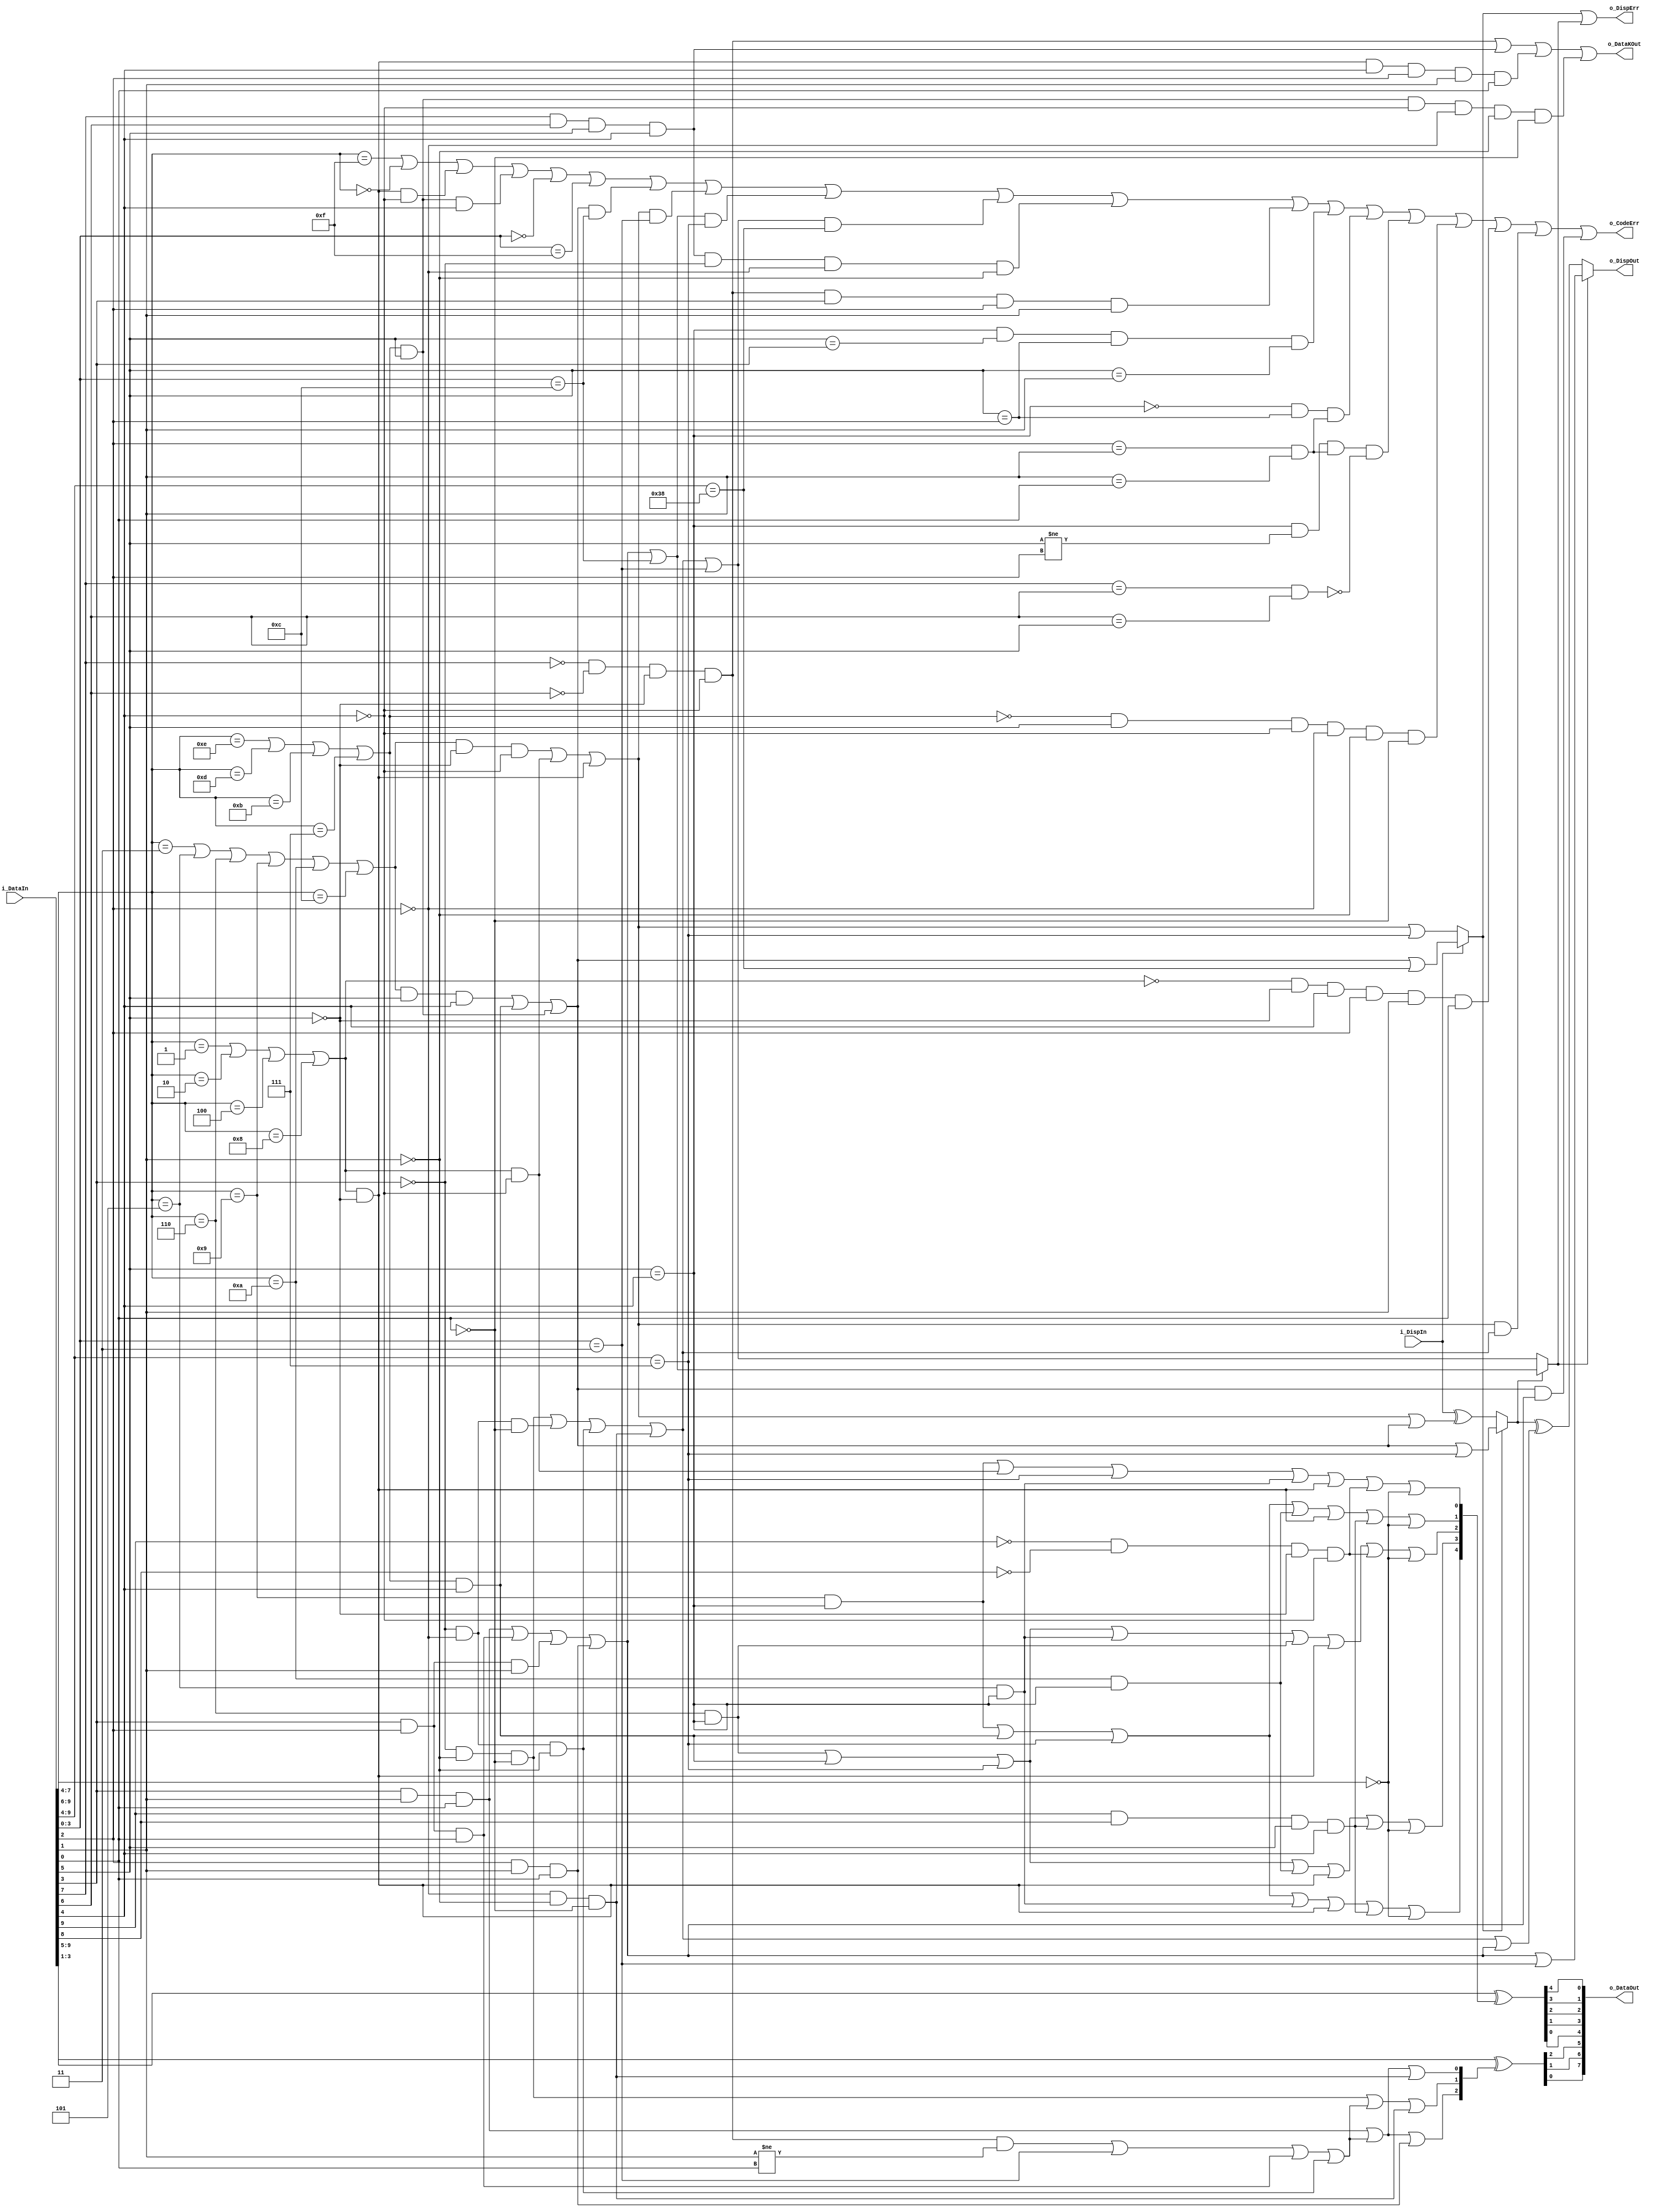
// Description        : 
//  8b 10b Decoder
//  MSB first for Data In of 10bit
//  LSB first for Data out of 8bit
  
`ifndef KCODE_V
`define KCODE_V

`define K281P 10'b001111_1001
`define K281M 10'b110000_0110
`define K285P 10'b001111_1010
`define K285M 10'b110000_0101
`define K287P 10'b001111_1000
`define K287M 10'b110000_0111

`endif


module RX10B8BBYTE (
    input wire  [9:0]   i_DataIn                ,
    input wire          i_DispIn                ,
    output wire [7:0]   o_DataOut               ,
    output wire         o_DataKOut              ,
    output wire         o_DispOut               ,
    output wire         o_DispErr               ,
    output wire         o_CodeErr               
);
    
    wire [5:0]          data_10b_abcdei = i_DataIn[9:4];
    wire [3:0]          data_10b_fghj = i_DataIn[3:0];

    wire                p_13 = ((data_10b_abcdei[5:2] == 4'b0001) ||
                                (data_10b_abcdei[5:2] == 4'b0010) ||
                                (data_10b_abcdei[5:2] == 4'b0100) ||
                                (data_10b_abcdei[5:2] == 4'b1000));
    wire                p_22 = ((data_10b_abcdei[5:2] == 4'b0011) ||
                                (data_10b_abcdei[5:2] == 4'b0101) ||
                                (data_10b_abcdei[5:2] == 4'b0110) ||
                                (data_10b_abcdei[5:2] == 4'b1001) ||
                                (data_10b_abcdei[5:2] == 4'b1010) ||
                                (data_10b_abcdei[5:2] == 4'b1100));
    wire                p_31 = ((data_10b_abcdei[5:2] == 4'b1110) ||
                                (data_10b_abcdei[5:2] == 4'b1101) ||
                                (data_10b_abcdei[5:2] == 4'b1011) ||
                                (data_10b_abcdei[5:2] == 4'b0111));

    wire                a_in = data_10b_abcdei[5];
    wire                b_in = data_10b_abcdei[4];
    wire                c_in = data_10b_abcdei[3];
    wire                d_in = data_10b_abcdei[2];
    wire                e_in = data_10b_abcdei[1];
    wire                i_in = data_10b_abcdei[0];
    wire                e_eq_i = (e_in == i_in);


    wire [4:0]          data_8b_abcde_pre = data_10b_abcdei[5:1];

    wire [4:0]          compl_8b_abcde = {// bit 'A'
                                          ((data_10b_abcdei[5:2] == 4'b1001) && e_eq_i) ||
                                          (p_31 && i_in) ||
                                          (data_10b_abcdei == 6'b000111) ||
                                          ((data_10b_abcdei[5:2] == 4'b0101) && e_eq_i) ||
                                          (p_13 && !e_in) ||
                                          (a_in && b_in && e_in && i_in) ||
                                          (data_10b_abcdei[3:0] == 4'b0000)
                                          ,

                                          // bit 'B'
                                          ((data_10b_abcdei[5:2] == 4'b0110) && e_eq_i) ||
                                          (p_31 && i_in) ||
                                          (data_10b_abcdei == 6'b000111) ||
                                          ((data_10b_abcdei[5:2] == 4'b1010) && e_eq_i) ||
                                          (p_13 && !e_in) ||
                                          (a_in && b_in && e_in && i_in) ||
                                          (data_10b_abcdei[3:0] == 4'b0000)
                                          ,

                                          // bit 'C'
                                          ((data_10b_abcdei[5:2] == 4'b0110) && e_eq_i) ||
                                          (p_31 && i_in) ||
                                          (data_10b_abcdei == 6'b000111) ||
                                          ((data_10b_abcdei[5:2] == 4'b0101) && e_eq_i) ||
                                          ((data_10b_abcdei[5:2] == 4'b0110) && e_eq_i) ||
                                          (p_13 && !e_in) ||
                                          (!a_in && !b_in && !e_in && !i_in) ||
                                          (data_10b_abcdei[3:0] == 4'b0000)
                                          ,

                                          // bit 'D'
                                          ((data_10b_abcdei[5:2] == 4'b1001) && e_eq_i) ||
                                          (p_31 && i_in) ||
                                          (data_10b_abcdei == 6'b000111) ||
                                          ((data_10b_abcdei[5:2] == 4'b1010) && e_eq_i) ||
                                          (p_13 && !e_in) ||
                                          (a_in && b_in && e_in && i_in) ||
                                          (data_10b_abcdei[3:0] == 4'b0000)
                                          ,

                                          // bit 'E'
                                          ((data_10b_abcdei[5:2] == 4'b1001) && e_eq_i) ||
                                          (p_13 && !i_in) ||
                                          (data_10b_abcdei == 6'b000111) ||
                                          ((data_10b_abcdei[5:2] == 4'b0101) && e_eq_i) ||
                                          (p_13 && !e_in) ||
                                          (!a_in && !b_in && !e_in && !i_in) ||
                                          (data_10b_abcdei[3:0] == 4'b0000)
                                          };


    wire [4:0]          data_8b_abcde = data_8b_abcde_pre ^ compl_8b_abcde;


   
    wire                disp_6b_neg = ((p_22 && !e_in && !i_in) ||
                                       (p_13 && !i_in) ||
                                       (p_13 && !e_in));
    wire                disp_6b_pos = ((p_22 && e_in && i_in) ||
                                       (p_31 && i_in) ||
                                       (p_31 && e_in));
    wire                disp_6b_err_if_rd_neg = disp_6b_neg || (data_10b_abcdei == 6'b000111);
    wire                disp_6b_err_if_rd_pos = disp_6b_pos || (data_10b_abcdei == 6'b111000);


    wire                disp_6b_err = i_DispIn ? disp_6b_err_if_rd_pos : disp_6b_err_if_rd_neg;
    wire                disp_post_5b = (disp_6b_err ?
                                        (disp_6b_pos || (data_10b_abcdei == 6'b000111)) :
                                        i_DispIn ^ (disp_6b_neg || disp_6b_pos));


    wire                f_in = data_10b_fghj[3];
    wire                g_in = data_10b_fghj[2];
    wire                h_in = data_10b_fghj[1];
    wire                j_in = data_10b_fghj[0];


    wire [2:0]          data_8b_fgh_pre = data_10b_fghj[3:1];


    wire                flip_fgh = ((!c_in && !d_in && !e_in && !i_in && (h_in != j_in)) ||
                                    (data_10b_fghj == 4'b0011) ||
                                    (f_in && g_in && j_in) ||
                                    (!f_in && !g_in && !h_in));

    wire [2:0]          compl_8b_fgh = {// bit 'F'
                                        ((f_in && h_in && j_in) ||
                                         flip_fgh ||
                                         (g_in && h_in && j_in))
                                        ,

                                        // bit 'G'
                                        ((!f_in && !h_in && !j_in) ||
                                         flip_fgh ||
                                         (!g_in && !h_in && !j_in))
                                        ,

                                        // bit 'H'
                                        ((f_in && h_in && j_in) ||
                                         flip_fgh ||
                                         (!g_in && !h_in && !j_in))
                                        };


    wire [2:0]          data_8b_fgh = data_8b_fgh_pre ^ compl_8b_fgh;


    wire                disp_4b_neg = ((!f_in && !h_in && !j_in) ||
                                       (!f_in && !g_in && !j_in) ||
                                       (!f_in && !g_in && !h_in) ||
                                       (!g_in && !h_in && !j_in));

    wire                disp_4b_pos = ((f_in && h_in && j_in) ||
                                       (f_in && g_in && j_in) ||
                                       (f_in && g_in && h_in) ||
                                       (g_in && h_in && j_in));
    wire                disp_4b_err_if_rd_neg = disp_4b_neg || (data_10b_fghj == 4'b0011);
    wire                disp_4b_err_if_rd_pos = disp_4b_pos || (data_10b_fghj == 4'b1100);



    wire                disp_4b_err  = disp_post_5b ? disp_4b_err_if_rd_pos : disp_4b_err_if_rd_neg;
    wire                disp_post_3b = (disp_4b_err ?
                                        (disp_4b_pos || (data_10b_fghj == 4'b0011)) :
                                        disp_post_5b ^ (disp_4b_neg || disp_4b_pos));


    wire                ghj_equiv = (g_in == h_in) && (h_in == j_in);
    assign              o_CodeErr  = ((data_10b_abcdei[5:2] == 4'b1111) ||
                                     (data_10b_abcdei[5:2] == 4'b0000) ||
                                     (p_13 && !e_in && !i_in) ||
                                     (p_31 && e_in && i_in) ||
                                     (data_10b_fghj == 4'b0000) ||
                                     (data_10b_fghj == 4'b1111) ||
                                     (disp_6b_pos && (data_10b_fghj == 4'b1100)) ||
                                     (disp_6b_neg && (data_10b_fghj == 4'b0011)) ||
                                     (disp_4b_err_if_rd_pos && (data_10b_abcdei == 6'b000111)) ||
                                     (disp_4b_err_if_rd_neg && (data_10b_abcdei == 6'b111000)) ||
                                     (c_in && d_in && e_in && i_in && !f_in && !g_in && !h_in) ||
                                     (!c_in && !d_in && !e_in && !i_in && f_in && g_in && h_in) ||
                                     (e_eq_i && (e_in == f_in) && (e_in == g_in) && (e_in == h_in)) ||
                                     (!e_eq_i && (e_in == g_in) && ghj_equiv) ||
                                     (e_eq_i && (e_in != g_in) && ghj_equiv &&
                                      !((c_in == d_in) && (d_in == e_in))) ||
                                     (!p_31 && e_in && !i_in && !g_in && !h_in && !j_in) ||
                                     (!p_13 && !e_in && i_in && g_in && h_in && j_in) ||
                                     (disp_6b_neg && disp_4b_neg) ||
                                     (disp_6b_pos && disp_4b_pos));

    
    //////////////////////////////////////////////////////////////////
    //outputs
    assign              o_DataOut = {data_8b_fgh[0],
                                    data_8b_fgh[1],
                                    data_8b_fgh[2],
                                    data_8b_abcde[0],
                                    data_8b_abcde[1],
                                    data_8b_abcde[2],
                                    data_8b_abcde[3],
                                    data_8b_abcde[4]};
    assign              o_DataKOut = (!c_in && !d_in && !e_in && !i_in) ||
                                    (c_in && d_in && e_in && i_in) ||
                                    (p_13 && !e_in && i_in && g_in && h_in && j_in) ||
                                    (p_31 && e_in && !i_in && !g_in && !h_in && !j_in);
    assign              o_DispErr = disp_6b_err || disp_4b_err;
    assign              o_DispOut = disp_post_3b;

endmodule